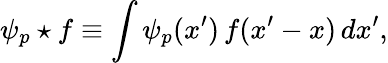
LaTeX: \psi_{p}\star f\equiv\int{\psi_{p}(x^{\prime})\, f(x^{\prime}-x)\, dx^{\prime}},